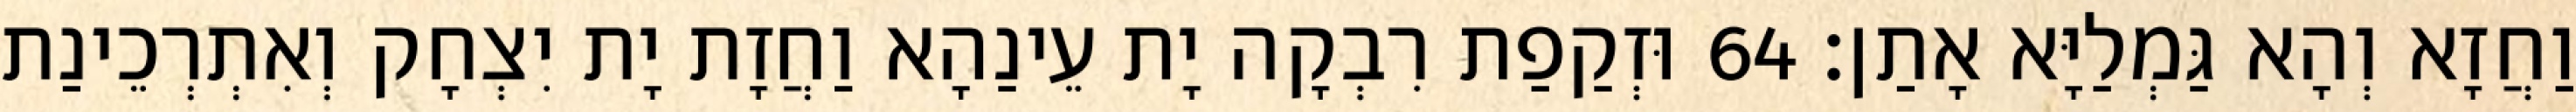
וַחֲזָא וְהָא גַּמְלַיָּא אָתַן׃ 64 וּזְקַפַת רִבְקָה יָת עֵינַהָא וַחֲזָת יָת יִצְחָק וְאִתְרְכֵינַת